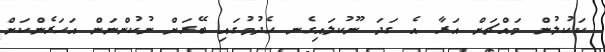
ކަކުލުން މައްޗަށް އަރާ އެ ގަދަ ނޫކުލައިގެނ ހެދުމުގައި ބޭރަށް ނުކުންނަން އަހަރެންކަށް